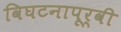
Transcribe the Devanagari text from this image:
विघटनापूर्वी